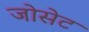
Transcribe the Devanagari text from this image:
जोसेट